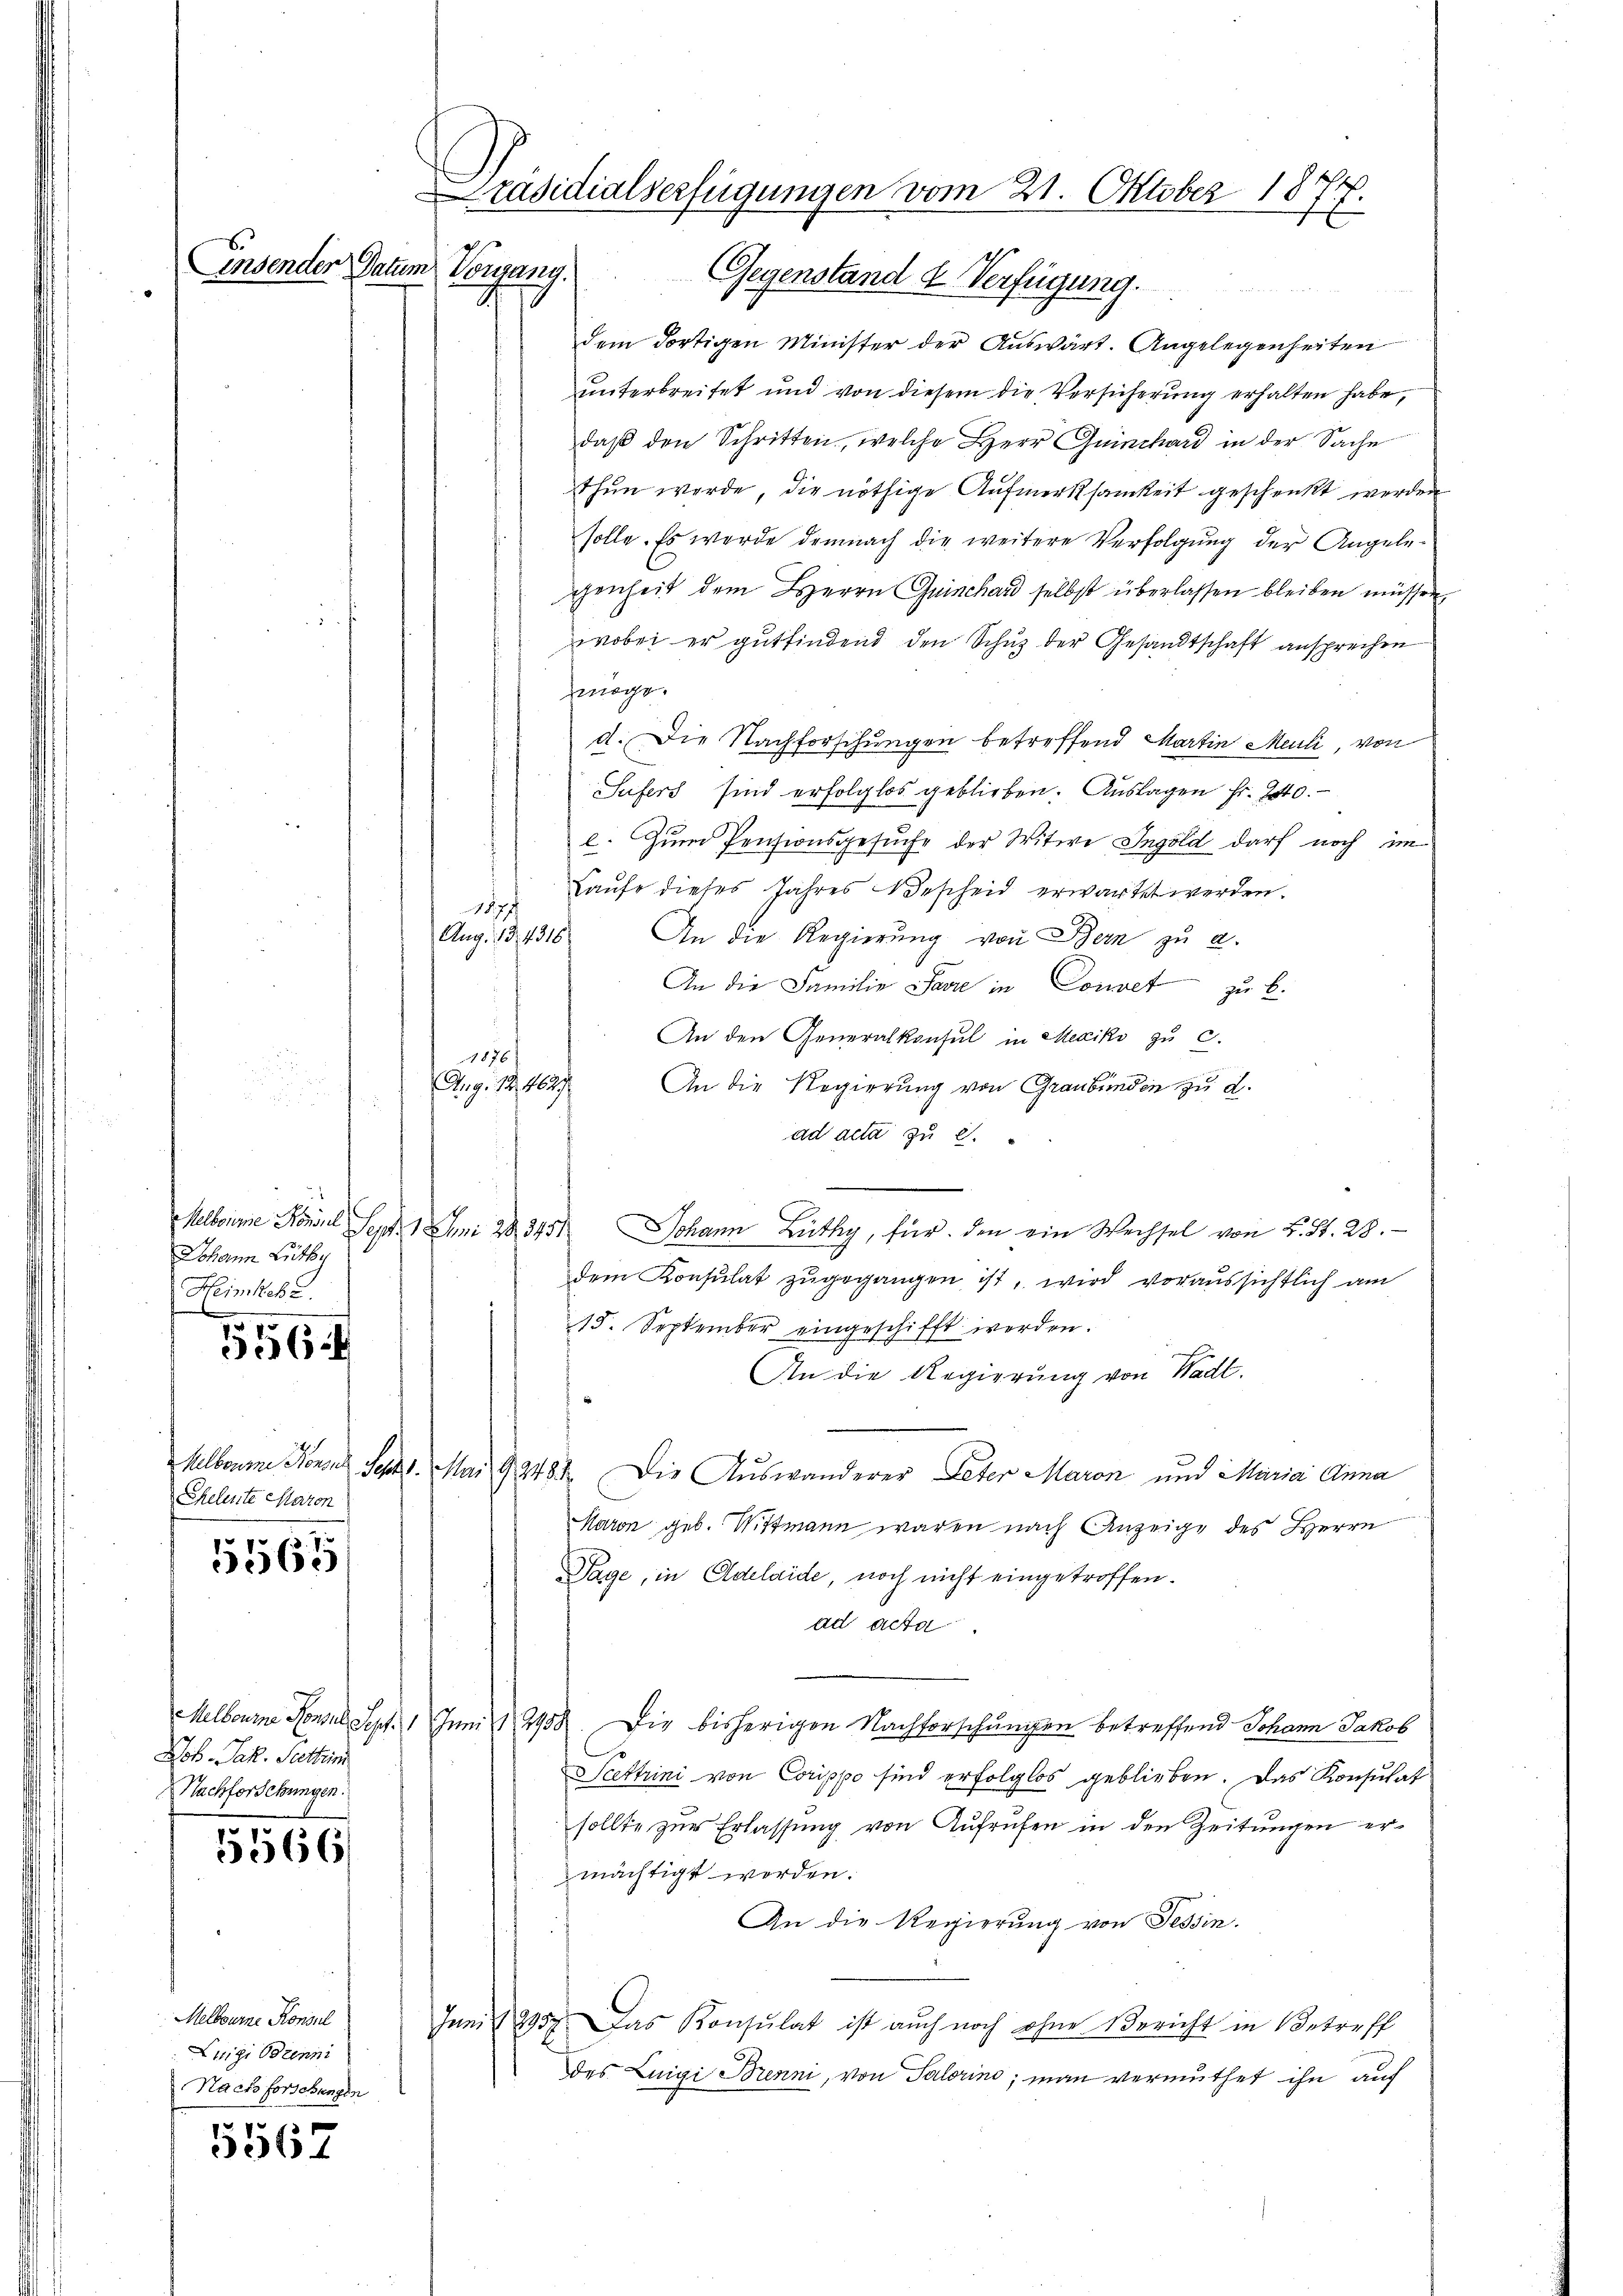
.

Johann Luthe
Heimstehe.
f
e

Chelente Maron

5565

Joh. Jak. Stetten
Nachforschungen.

5566

Melbourne Konsul
Luigi Brenni
Nachforschungen

5567

Präsidialserfügungen vom 21. Oktober 1877.
insender Datum
Regung.
Gegenstand d Verfügung.

dem dortigen Minister der Auswärt. Angelegenheiten
unterbreitet und von diesem die Versicherung erhalten habe,
daß den Schritten, welche Herr Quinchard in der Sache
thun werde, die nöthige Aufmerksamkeit geschenkt werden
solle. Es werde demnach die weitere Verfolgung der Angele-
genheit dem Herrn Quinchard selbst überlassen bleiben müssen,
wobei er gutfindend den Schuz der Gesandtschaft ansprechen
möge.
d. Die Nachforschungen betreffend Martin Meuli, von
Sufers sind erfolglos geblieben. Auslagen fr. 240.
e. Zum Pensionsgesŭche der Witwe Ingold darf noch im
 Laufe dieses Jahres Bescheid erwartet werden.
1877
Aug. 13. 4316
An die Regierung von Bern zu 2.
An die Familie Javre in Convet zu b
An den Generalkonsul in Mexiko zu c.
1886/
Aug. 124627
An die Regierung von Graubünden zu d
ad acta zu 2.
Melborne Konsul Seyde 1 Juni 28. 3451 Johann Lüthy, für den ein Wechsel von L. S. 28.
dem Konsulat zugegangen ist, wird voraussichtlich am
15. September eingeschifft werden.
An die Regierung von Wadl.
Melbaume Kronen Sept. Mai 192481. Die Auswanderer Peter Maron und Maria Anna
Maron geb. Wittmann waren nach Anzeige des Herrn
Tage, in Adelaide, noch nicht eingetroffen.
ad acta
Melbourne Konsul Sept. 1 Juni 2458. Die bisherigen Nachforschungen betreffend Johann Jakob
Kettrini von Corippo sind erfolglos geblieben. Das Konsulat
sollte zur Erlassung von Aufrufen in den Zeitungen ermächtigt worden.
An die Regierung von Tessin.
Juni 2957. Das Konsulat ist auch noch ohne Bericht in Betreff
des Luigi Brenni, von Salorins; man vermuthet ihn auf